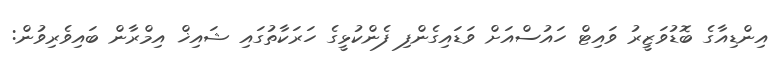
އިންޑިއާގެ ބޮޑުވަޒީރު ވައިޓް ހައުސްއަށް ވަޑައިގެންފި ފެންކުޅީގެ ހަރަކާތުގައި ޝައިޚް އިމްރާން ބައިވެރިވުން: